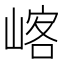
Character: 𡺀